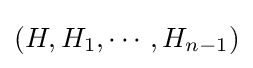
(H,H_{1},\cdots ,H_{n-1})